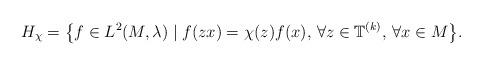
LaTeX: \begin{align*} H_\chi= \big\{ f \in L^2(M,\lambda) \mid f(zx)= \chi (z)f(x),\, \forall z\in \mathbb T^{(k)}, \,\forall x \in M\big\}.\end{align*}